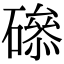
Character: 𥕺